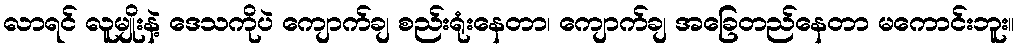
လာရင် လူမျိုးနဲ့ ဒေသကိုပဲ ကျောက်ချ စည်းရုံးနေတာ၊ ကျောက်ချ အခြေတည်နေတာ မကောင်းဘူး။